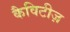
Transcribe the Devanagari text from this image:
कैविटीज़